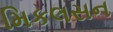
મિકલસન